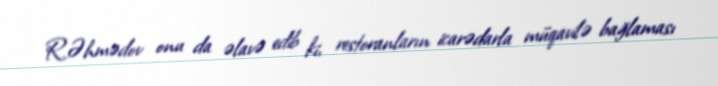
R.Əhmədov onu da əlavə edib ki, restoranların icarədarla müqavilə bağlaması